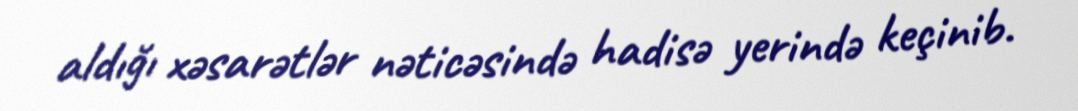
aldığı xəsarətlər nəticəsində hadisə yerində keçinib.